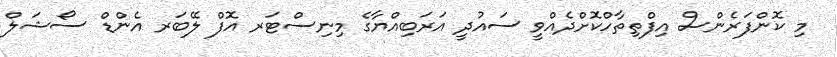
މި ކޮންފަރެންސް އިފްތިތާހްކޮށްދެއްވީ ސައުދީ އަރަބިއްޔާގެ މިނިސްޓަރ އޮފް ލޭބަރ އެންޑް ސޯޝަލް